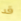
قد